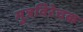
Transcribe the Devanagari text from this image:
मुत्रविरेचक